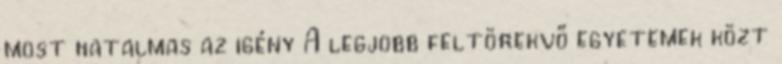
most hatalmas az igény A legjobb feltörekvő egyetemek közt